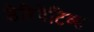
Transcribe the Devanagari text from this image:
डेरिवेटिव्स